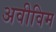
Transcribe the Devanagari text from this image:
अवीविम